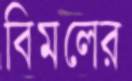
বিমলের